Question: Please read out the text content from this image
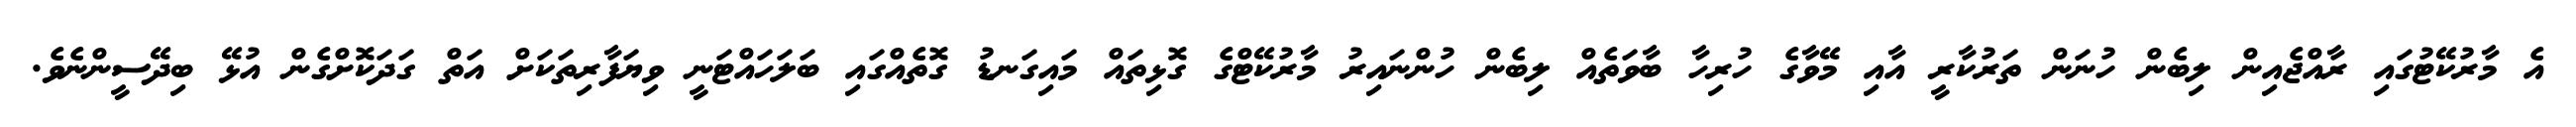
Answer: އެ މާރުކޭޓުގައި ރާއްޖެއިން ލިބެން ހުނަން ތަރުކާރީ އާއި މޭވާގެ ހުރިހާ ބާވަތެއް ލިބެން ހުންނައިރު މާރުކޭޓްގެ ގޮޅިތައް މައިގަނޑު ގޮތެއްގައި ބަލަހައްޓަނީ ވިޔަފާރިތަކަށް އަތް ގަދަކޮށްގެން އުޅޭ ބިދޭސީންނެވެ.